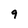
Character: 9